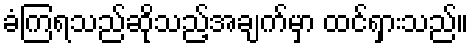
ခံကြရသည်ဆိုသည့်အချက်မှာ ထင်ရှားသည်။